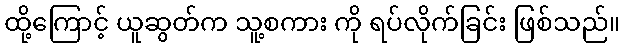
ထို့ကြောင့် ယူဆွတ်က သူ့စကား ကို ရပ်လိုက်ခြင်း ဖြစ်သည်။